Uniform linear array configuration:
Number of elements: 64
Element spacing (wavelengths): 0.5
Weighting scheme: blackman
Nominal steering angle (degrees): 45
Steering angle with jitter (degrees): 45.511
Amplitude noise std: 0.05
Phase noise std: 0.05

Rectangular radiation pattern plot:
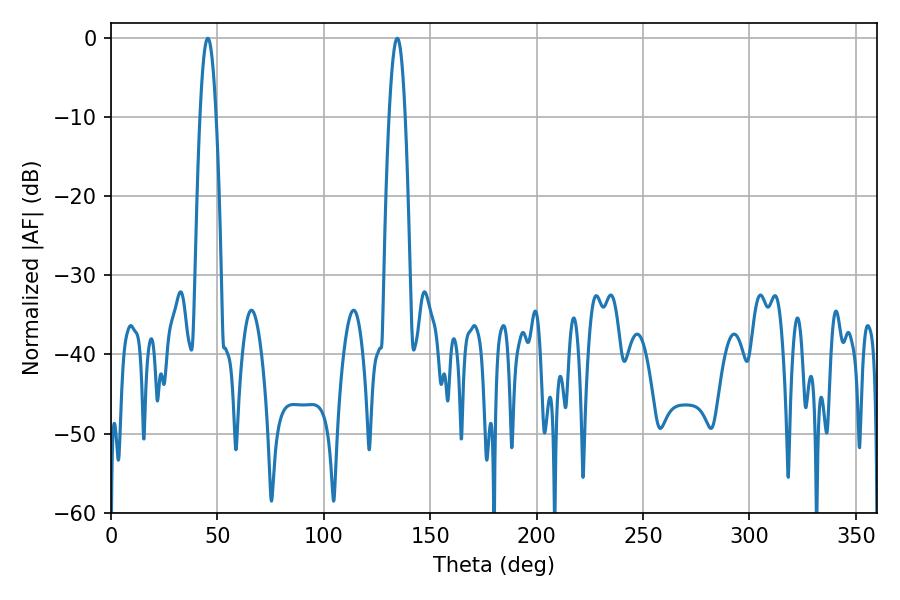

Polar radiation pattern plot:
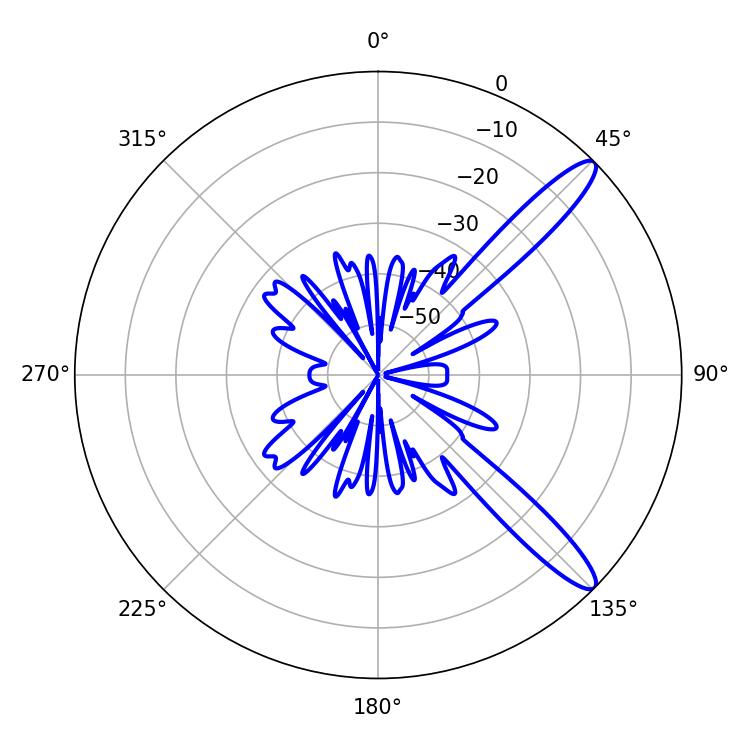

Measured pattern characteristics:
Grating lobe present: FALSE
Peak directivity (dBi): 12.502
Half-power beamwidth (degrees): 4.14
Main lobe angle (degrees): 45.54